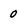
Character: 0